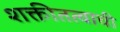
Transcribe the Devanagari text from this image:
शक्तीतत्वाची